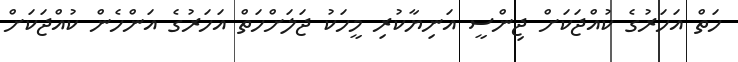
ހަތް އަހަރުގެ ކުއްޖަކަށް ޖިންސީ އަނިޔާކުރި މީހަކު ޖަލަށްހަތް އަހަރުގެ އަންހެން ކުއްޖަކަށް